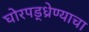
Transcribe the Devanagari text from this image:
घोरपड्ध्रेण्याचा